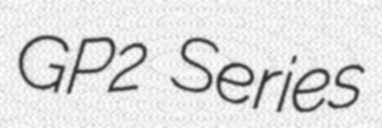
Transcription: GP2 Series